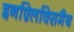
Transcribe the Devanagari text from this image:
इनफ़्लिक्सिमैब